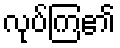
လုပ်ကြ၏